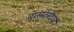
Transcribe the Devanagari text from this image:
वासुदेवदैवज्ञ